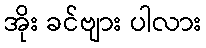
အိုး ခင်ဗျား ပါလား